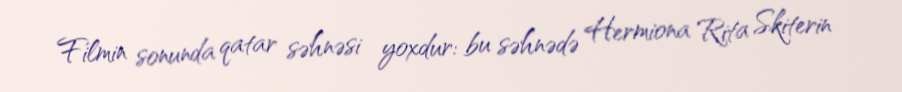
Filmin sonunda qatar səhnəsi yoxdur: bu səhnədə Hermiona Rita Skiterin